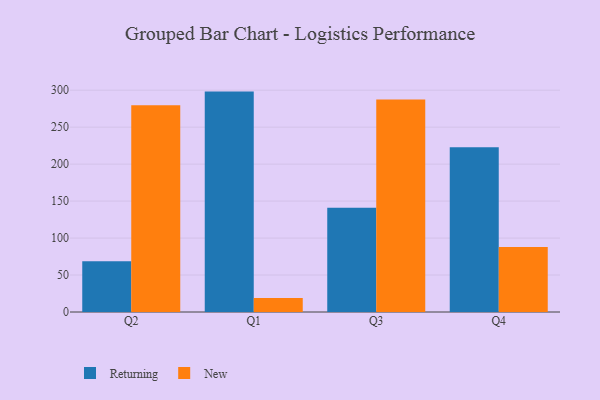
{"axis": {"x": "Quarter", "y": "Waste Production (Tons)"}, "legend": ["New", "Returning"], "data": [{"x": "Q2", "y": 68.5, "type": "Returning"}, {"x": "Q2", "y": 279.8, "type": "New"}, {"x": "Q1", "y": 298.1, "type": "Returning"}, {"x": "Q1", "y": 19.0, "type": "New"}, {"x": "Q3", "y": 141.1, "type": "Returning"}, {"x": "Q3", "y": 287.3, "type": "New"}, {"x": "Q4", "y": 222.8, "type": "Returning"}, {"x": "Q4", "y": 87.8, "type": "New"}]}